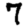
Digit: 7